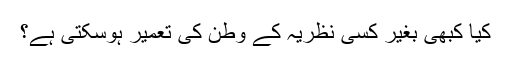
کیا کبھی بغیر کسی نظریہ کے وطن کی تعمیر ہوسکتی ہے؟